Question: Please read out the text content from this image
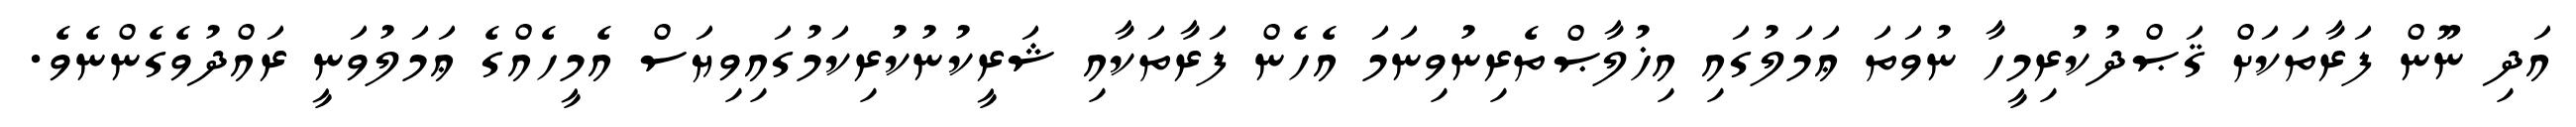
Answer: އަދި ނޫން ފަރާތަކަށް ޤަޞްދުކުރިމީހާ ނުވަތަ ޢަމަލުގައި އިޚުލާޞްތެރިނުވިނަމަ އެހެން ފަރާތަކާއި ޝަރީކުނުކުރިކަމުގައިވިޔަސް އެމީހެއްގެ ޢަމަލުވަނީ ރައްދުވެގެންނެވެ.